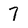
Character: 7